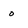
Character: o